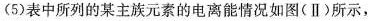
(5)表中所列的某主族元素的电离能情况如图(Ⅱ)所示，